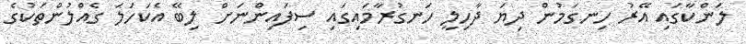
ލަންކާގައި އޭރު ހިނގަމުން ދިޔަ ދާހިލީ ހަނގުރާމައިގައި ސިފައިންނަށް ލިބޭ އެކަހަލަ ގެއްލުންތަކުގެ